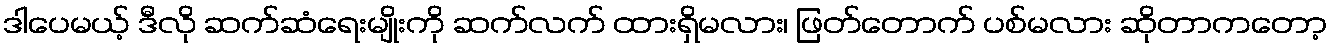
ဒါပေမယ့် ဒီလို ဆက်ဆံရေးမျိုးကို ဆက်လက် ထားရှိမလား၊ ဖြတ်တောက် ပစ်မလား ဆိုတာကတော့